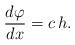
LaTeX: \begin{align*}\frac{d\varphi}{dx}=c\,h.\end{align*}